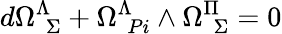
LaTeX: d\Omega_{\ \ \Sigma}^{\Lambda}+\Omega_{\ \, Pi}^{\Lambda}\land\Omega_{\ \ \Sigma}^{\Pi}=0